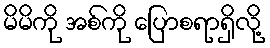
မိမိကို အစ်ကို ပြောစရာရှိလို့